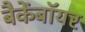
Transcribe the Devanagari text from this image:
बैकेंबॉयर